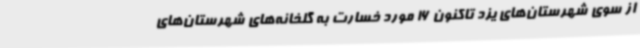
از سوی شهرستان‌های یزد تاکنون 16 مورد خسارت به گلخانه‌های شهرستان‌های